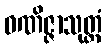
ဝဏိဇ္ဇာသုတ္တံ